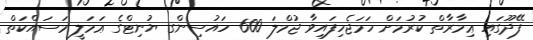
ފޭދޫގައި ޢިމާރާތް ކުރުމަށް ހަމަޖެހިފައިވާ ޖުމްލަ 600 ހައުސިންގ ޔުނިޓްގެ ޢަމަލީ މަސައްކަތް